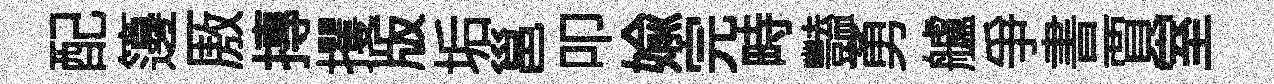
配籩厫摶攫版垢邕叩媮完畤豔勇艫争書賈室